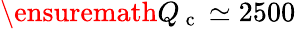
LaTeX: \ensuremath{Q_{\mathrm{~c~}}}\simeq 2500